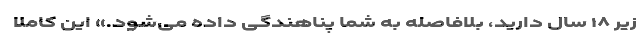
زیر ۱۸ سال دارید، بلافاصله به شما پناهندگی داده می‌شود.» این کاملا